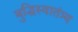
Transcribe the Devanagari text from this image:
बुद्धिस्वातंत्र्य